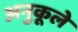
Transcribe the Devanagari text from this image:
अनुकूले